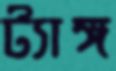
ট্যাঙ্গ